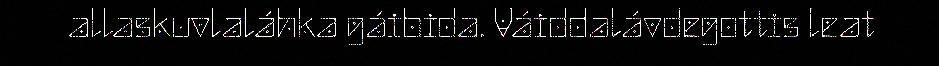
allaskuvlaláhka gáibida. Váiddalávdegottis leat